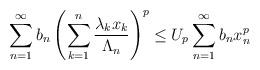
LaTeX: \begin{align*} \sum^{\infty}_{n=1}b_n \left (\sum^{n}_{k=1}\frac {\lambda_kx_k}{\Lambda_n} \right )^p \leq U_p\sum^{\infty}_{n=1}b_nx^p_n\end{align*}